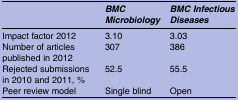
|  | BMC Microbiology | BMC Infectious Diseases |
 | --- | --- | --- |
 | Impact factor 2012 | 3.10 | 3.03 |
 | Number of articles published in 2012 | 307 | 386 |
 | Rejected submissions in 2010 and 2011, % | 52.5 | 55.5 |
 | Peer review model | Single blind | Open |